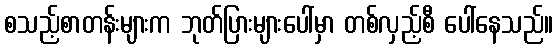
စသည့်စာတန်းများက ဘုတ်ပြားများပေါ်မှာ တစ်လှည့်စီ ပေါ်နေသည်။